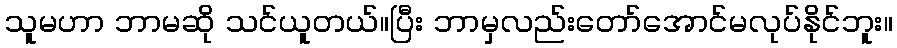
သူမဟာ ဘာမဆို သင်ယူတယ်။ပြီး ဘာမှလည်းတော်အောင်မလုပ်နိုင်ဘူး။